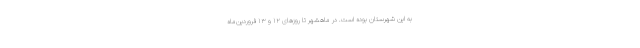
به این شهرستان بوده است. در ماهشهر تا روزهای ۱۲ و ۱۳ فروردین‌ماه